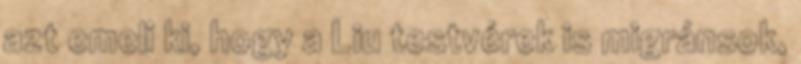
azt emeli ki, hogy a Liu testvérek is migránsok,